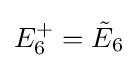
E_{6}^{+}={\tilde {E}}_{6}